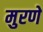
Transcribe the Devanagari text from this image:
मुरणे